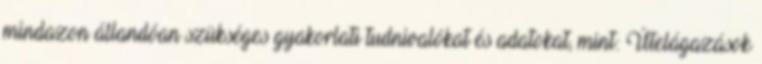
mindazon állandóan szükséges gyakorlati tudnivalókat és adatokat, mint: Útelágazások